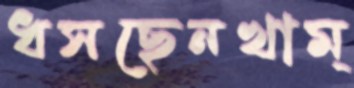
ধসছেনখাম্